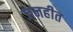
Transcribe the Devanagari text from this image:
जनहीत